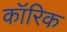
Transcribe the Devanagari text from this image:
कॉरिक